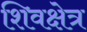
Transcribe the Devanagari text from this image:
शिवक्षेत्र